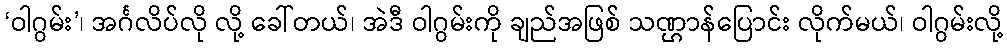
‘ဝါဂွမ်း’၊ အင်္ဂလိပ်လို လို့ ခေါ်တယ်၊ အဲဒီ ဝါဂွမ်းကို ချည်အဖြစ် သဏ္ဌာန်ပြောင်း လိုက်မယ်၊ ဝါဂွမ်းလို့